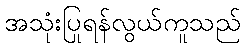
အသုံးပြုရန်လွယ်ကူသည်